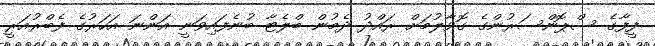
ފީފާގެ ސްޕޮންސަރުންގެ ގޮވާލުމަށް ރައްދު ދެމުން ބްލެޓާ ބުނެފައިވަނީ އަންނަ އަހަރުގެ ފެބްރުއަރީ